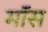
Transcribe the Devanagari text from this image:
माॅस